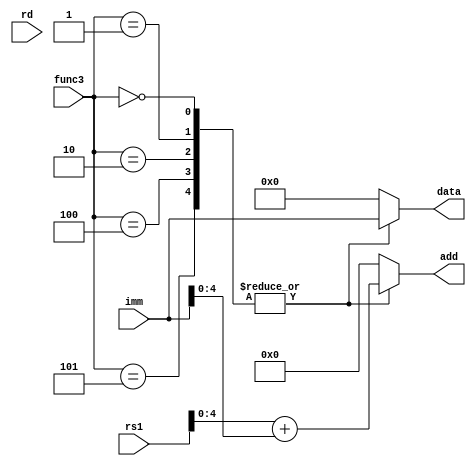
module Loader (
  input wire [31:0] imm,       // Immediate value from the instruction
  input wire [31:0] rs1,        // Source register 1
  input wire [4:0] rd,         // Destination register
  input wire [2:0] func3,      // funct3 field to determine the type of load
  output reg [4:0] add,        // Address to read/write
  output reg [31:0] data       // Data to be loaded
);

  // Load operation codes (funct3)
  localparam LB  = 3'b000;
  localparam LH  = 3'b001;
  localparam LW  = 3'b010;
  localparam LBU = 3'b100;
  localparam LHU = 3'b101;

  always @(*) begin
    // Default values
    add = 0;
    data = 0;
    
    case (func3)
      LB, LH, LW, LBU, LHU: begin
        // Compute the address based on rs1 and immediate value
        add = rs1 + imm[4:0];  // Assuming imm[4:0] is the offset part of immediate
        data = imm;            // Set data to the immediate value
      end
      default: begin
        // Handle unsupported funct3 values if needed
        add = 0;
        data = 0;
      end
    endcase
  end
endmodule